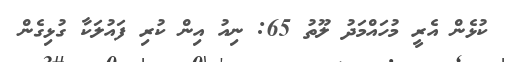
ކުޅެން އެރީ މުހައްމަދު ލޫތު 65: ނިއު އިން ކުރި ފައުލަކާ ގުޅިގެން